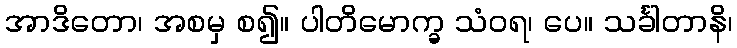
အာဒိတော၊ အစမှ စ၍။ ပါတိမောက္ခ သံဝရ၊ ပေ။ သင်္ခါတာနိ၊